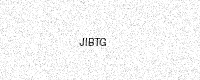
Text: JIBTG